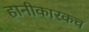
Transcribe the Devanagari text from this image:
हानीकारकच